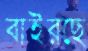
বাইরছে